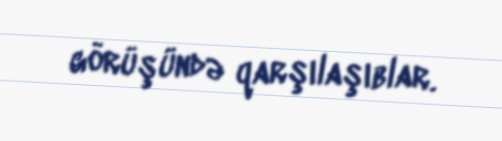
görüşündə qarşılaşıblar.